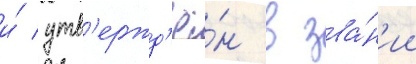
и́ утв'ержд'ё́н в зва́н'ии